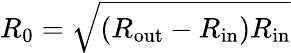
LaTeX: R_{0}=\sqrt{(R_{\mathrm{out}}-R_{\mathrm{in}})R_{\mathrm{in}}}